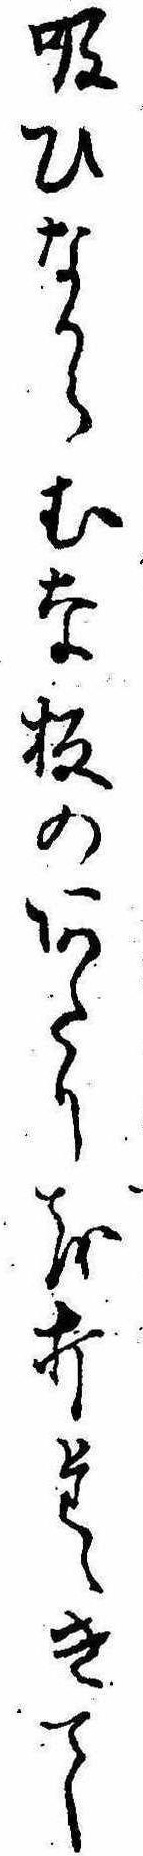
吸ひなからむな板のあたりを打たゝきて